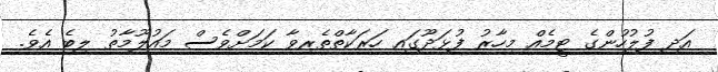
އަދި ފުލުހުންގެ ޓީމެއް މިހާރު ފުޅަދޫގައި ހަރަކާތްތެރިވާ ކަމަށްވެސް މައުލޫމާތު ލިބެ އެވެ.